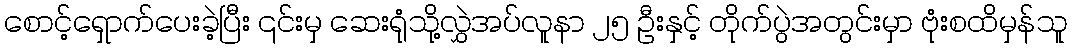
စောင့်ရှောက်ပေးခဲ့ပြီး ၎င်းမှ ဆေးရုံသို့လွှဲအပ်လူနာ ၂၅ ဦးနှင့် တိုက်ပွဲအတွင်းမှာ ဗုံးစထိမှန်သူ